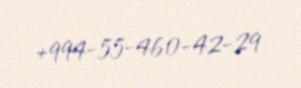
+994-55-460-42-29